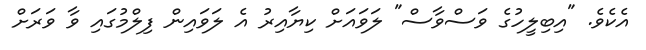
އެކެވެ. "އިބިލީހުގެ ވަސްވާސް" ލަވައަށް ކިޔާއިރު އެ ލަވައިން ފިލްމުގައި ވާ ވަރަށް